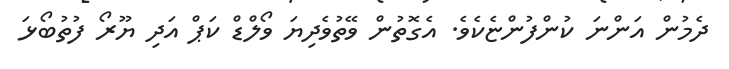
ދެމުން އަންނަ ކުންފުންޏެކެވެ. އެގޮތުން ވޭތުވެދިޔަ ވޯލްޑް ކަޕް އަދި ޔޫރޯ ފުތުބޯޅަ